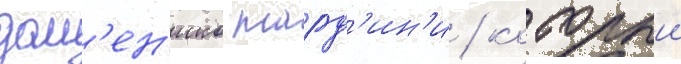
дом'ен'ико тард'ин'и / которыи